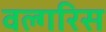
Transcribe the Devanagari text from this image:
वल्गरिस